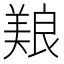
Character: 𫝥